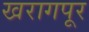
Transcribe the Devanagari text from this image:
खरागपूर